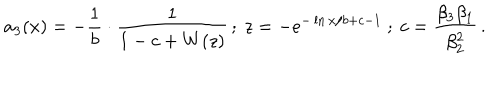
LaTeX: a _ { 3 } ( x ) = - \frac { 1 } { b } \cdot \frac { 1 } { 1 - c + W ( z ) } \, ; \ z = - e ^ { - \ln x / b + c - 1 } \ ; \ c = \frac { \beta _ { 3 } \beta _ { 1 } } { \beta _ { 2 } ^ { 2 } } \, .